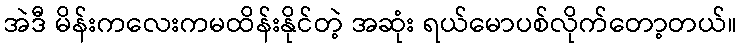
အဲဒီ မိန်းကလေးကမထိန်းနိုင်တဲ့ အဆုံး ရယ်မောပစ်လိုက်တော့တယ်။